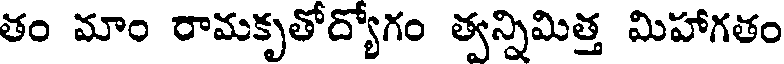
తం మాం రామకృతోద్యోగం త్వన్నిమిత్త మిహాగతం